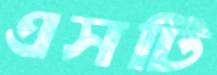
এসটি